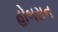
હોબસન